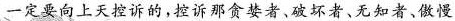
一定要向上天控诉的，控诉那贪婪者，破坏者，无知者、傲慢